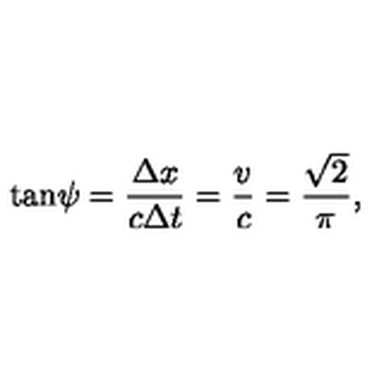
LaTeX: \tan \! \psi = \frac { \Delta x } { c \Delta t } = \frac { v } { c } = \frac { \sqrt 2 } { \pi } ,